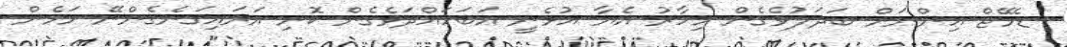
ޑެމޭޖް އިންނަަށް ބަދަލުވެގެން މިހާރު އެޔާ އުޅެނީ އަބަހައްދަވެގެން ކޮށި އަރައިގަނެގެންނޭ މަމެން